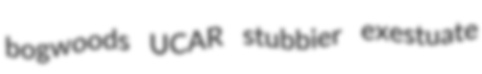
bogwoods UCAR stubbier exestuate